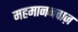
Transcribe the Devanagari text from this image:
महमाननवाज़